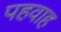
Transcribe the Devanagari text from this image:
पहवाह